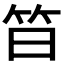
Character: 𱷳